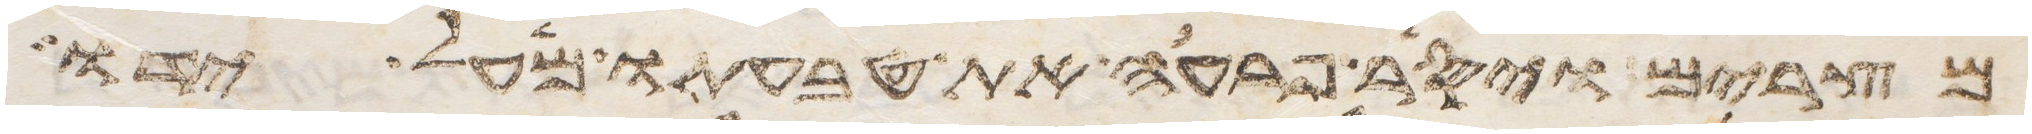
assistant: מצרים ויסר פרעה את טבעתו מעל ידו